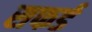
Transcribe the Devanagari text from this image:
सफर्ड